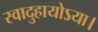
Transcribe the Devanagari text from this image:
स्वादुहायोऽया।